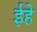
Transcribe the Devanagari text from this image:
ईहे